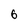
Character: 6